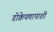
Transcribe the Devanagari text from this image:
डोक्रेपणापाशी